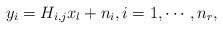
LaTeX: \begin{align*}y_i = H_{i,j}x_l + n_i, i=1,\cdots,n_r,\end{align*}